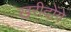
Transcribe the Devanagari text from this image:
खरीदोंगे